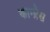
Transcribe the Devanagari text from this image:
काग्ग्रेस